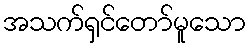
အသက်ရှင်တော်မူသော